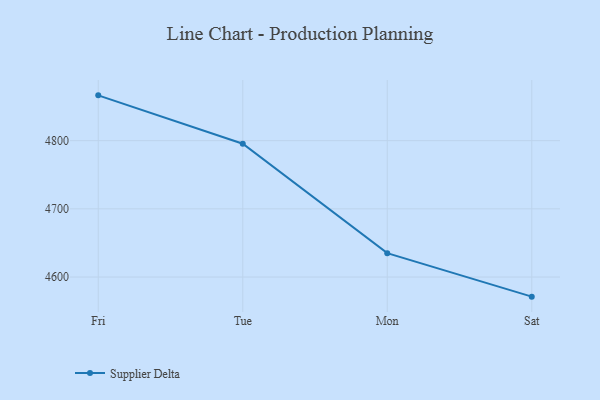
{"axis": {"x": "Day", "y": "Humidity (%)"}, "legend": ["Supplier Delta"], "data": [{"x": "Fri", "y": 4866.5, "type": "Supplier Delta"}, {"x": "Tue", "y": 4795.6, "type": "Supplier Delta"}, {"x": "Mon", "y": 4635.0, "type": "Supplier Delta"}, {"x": "Sat", "y": 4571.2, "type": "Supplier Delta"}]}